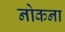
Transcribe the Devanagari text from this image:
नोकना